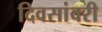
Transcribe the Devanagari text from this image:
दिवसांवरी